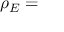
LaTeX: \rho _ { E } =